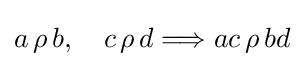
a\,\rho \,b,\quad c\,\rho \,d\Longrightarrow ac\,\rho \,bd